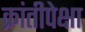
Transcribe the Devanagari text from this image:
क्रांतीपेक्षा